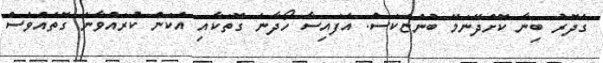
ގެދޮރު ބިނާ ކޮށްދޭނަމޭ ބުންޏަކަސް. އެފައިސާ ހޯދާނެ ގޮތަކާއި އެކަން ކުރައްވާނެ ގޮތެއްވެސް